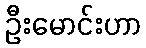
ဦးမောင်းဟာ